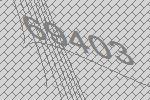
69403